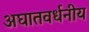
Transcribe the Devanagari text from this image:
अघातवर्धनीय